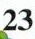
23